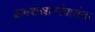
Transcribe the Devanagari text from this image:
क्रमशस्त्रार्न्नबार्धत।